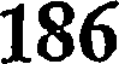
186